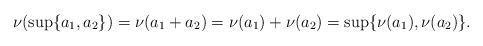
LaTeX: \begin{align*}\nu(\sup\{a_1, a_2\}) = \nu(a_1 + a_2) = \nu(a_1) + \nu(a_2)= \sup \{ \nu(a_1), \nu(a_2)\}.\end{align*}